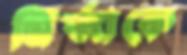
মির্জাকে